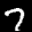
Label: 7